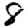
Digit: 8